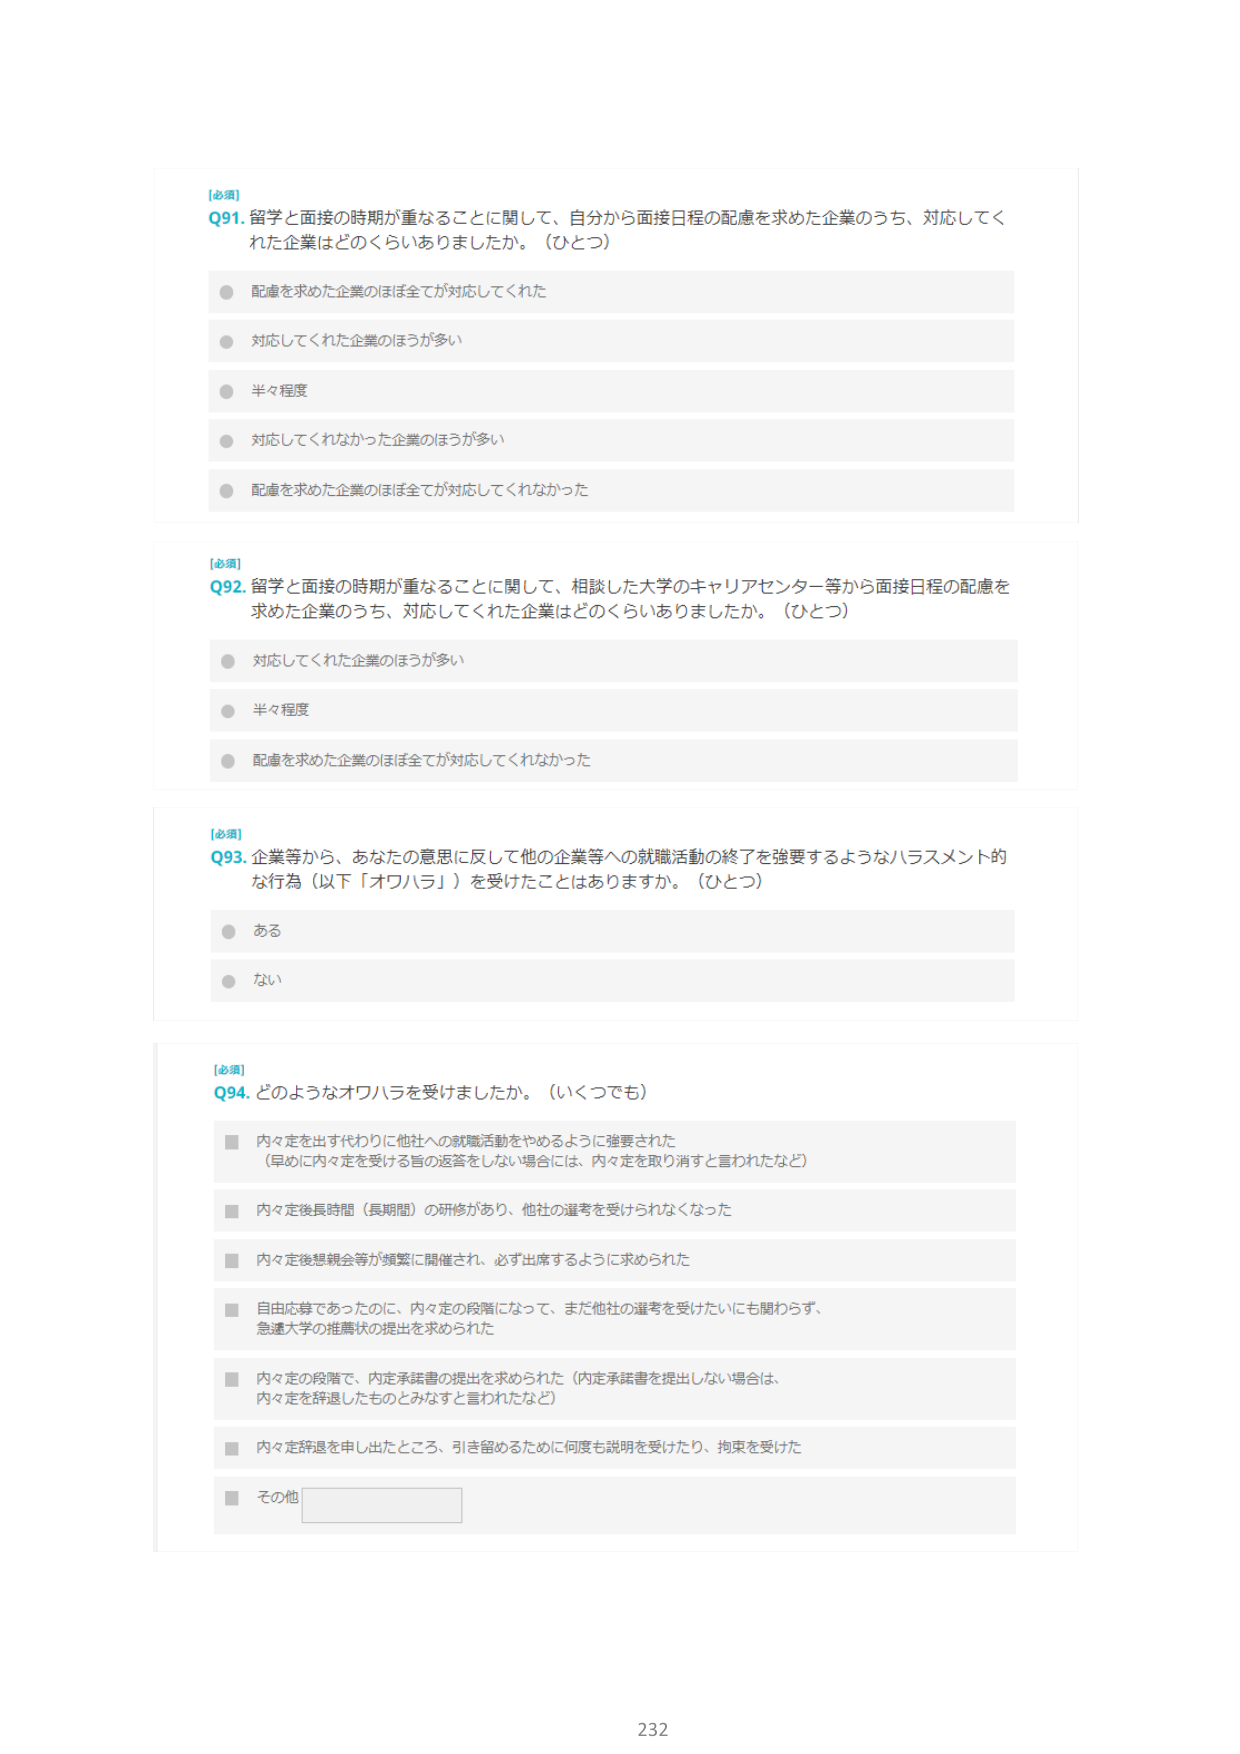
[必須]
Q91. 留学と面接の時期が重なることに関して、自分から面接日程の配慮を求めた企業のうち、対応してくれた企業はどのくらいありましたか。（ひとつ）
● 配慮を求めた企業のほぼ全てが対応してくれた
● 対応してくれた企業のほうが多いため
● 半々程度
● 対応してくれなかった企業のほうが多いため
● 配慮を求めた企業のほぼ全てが対応してくれなかった

[必須]
Q92. 留学と面接の時期が重なることに関して、相談した大学のキャリアセンター等から面接日程の配慮を求めた企業のうち、対応してくれた企業はどのくらいありましたか。（ひとつ）
● 対応してくれた企業のほうが多いため
● 半々程度
● 配慮を求めた企業のほぼ全てが対応してくれなかった

[必須]
Q93. 企業等から、あなたの意思に反して他の企業等への就職活動の終了を強要するようなハラスメント的な行為（以下「オワハラ」）を受けたことはありますか。（ひとつ）
● ある
● ない

[必須]
Q94. どのようなオワハラを受けましたか。（いくつでも）
■ 内々定を出す代わりに他社への就職活動をやめるように強要された（早めに内々定を受ける旨の返答をしない場合には、内々定を取り消すと言われたなど）
■ 内々定後長時間（長期間）の研修があり、他社の選考を受けられなくなった
■ 内々定後懇親会等が頻繁に開催され、必ず出席するように求められた
■ 自由応募であったのに、内々定の段階になって、まだ他社の選考を受けたいにも関わらず、急遽大学の推薦状の提出を求められた
■ 内々定の段階で、内定承諾書の提出を求められた（内定承諾書を提出しない場合は、内々定を辞退したものとみなすと言われたなど）
■ 内々定辞退を申し出たところ、引き留めるために何度も説明を受けたり、拘束を受けた
■ その他

232